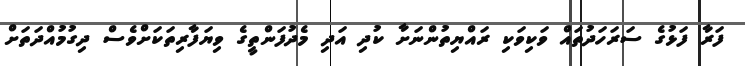
ފަރާ ފަޅުގެ ސަރަހަދުތައް ވަކިވަކި ރައްޔިތުންނަށާ ކުދި އަދި މެދުފަންތީގެ ވިޔަފާރިތަކަށްވެސް ދިގުމުއްދަތަށް